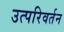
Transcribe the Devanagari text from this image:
उत्परिवर्तन